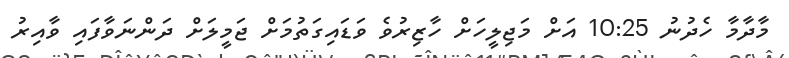
މާދާމާ ހެދުނު 10:25 އަށް މަޖިލީހަށް ހާޒިރުވެ ވަޑައިގަތުމަށް ޖަމީލަށް ދަންނަވާފައި ވާއިރު